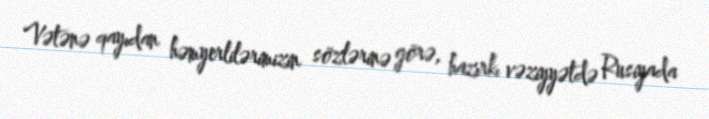
Vətənə qayıdan həmyerlilərimizin sözlərinə görə, hazırkı vəziyyətdə Rusiyada